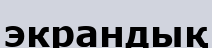
экрандық